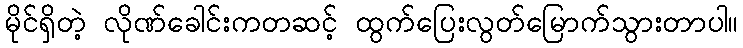
မိုင်ရှိတဲ့ လိုဏ်ခေါင်းကတဆင့် ထွက်ပြေးလွတ်မြောက်သွားတာပါ။